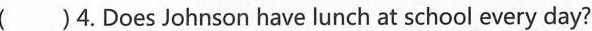
( )4.Does Johnson have lunch at school every day?